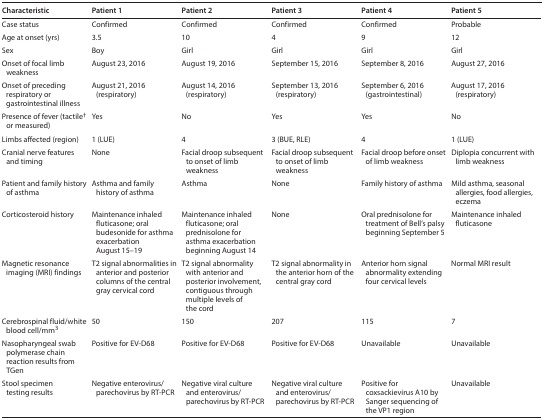
| Characteristic | Patient 1 | Patient 2 | Patient 3 | Patient 4 | Patient 5 |
 | --- | --- | --- | --- | --- | --- |
 | Case status | Confirmed | Confirmed | Confirmed | Confirmed | Probable |
 | Age at onset (yrs) | 3.5 | 10 | 4 | 9 | 12 |
 | Sex | Boy | Girl | Girl | Girl | Girl |
 | Onset of focal limb weakness | August 23, 2016 | August 19, 2016 | September 15, 2016 | September 8, 2016 | August 27, 2016 |
 | Onset of preceding respiratory or gastrointestinal illness | August 21, 2016 (respiratory) | August 14, 2016 (respiratory) | September 13, 2016 (respiratory) | September 6, 2016 (gastrointestinal) | August 17, 2016 (respiratory) |
 | Presence of fever (tactile† or measured) | Yes | No | Yes | Yes | No |
 | Limbs affected (region) | 1 (LUE) | 4 | 3 (BUE, RLE) | 4 | 1 (LUE) |
 | Cranial nerve features and timing | None | Facial droop subsequent to onset of limb weakness | Facial droop subsequent to onset of limb weakness | Facial droop before onset of limb weakness | Diplopia concurrent with limb weakness |
 | Patient and family history of asthma | Asthma and family history of asthma | Asthma | None | Family history of asthma | Mild asthma, seasonal allergies, food allergies, eczema |
 | Corticosteroid history | Maintenance inhaled fluticasone; oral budesonide for asthma exacerbation August 15–19 | Maintenance inhaled fluticasone; oral prednisolone for asthma exacerbation beginning August 14 | None | Oral prednisolone for treatment of Bell’s palsy beginning September 5 | Maintenance inhaled fluticasone |
 | Magnetic resonance imaging (MRI) findings | T2 signal abnormalities in anterior and posterior columns of the central gray cervical cord | T2 signal abnormality with anterior and posterior involvement, contiguous through multiple levels of the cord | T2 signal abnormality in the anterior horn of the central gray cord | Anterior horn signal abnormality extending four cervical levels | Normal MRI result |
 | Cerebrospinal fluid/white blood cell/mm3 | 50 | 150 | 207 | 115 | 7 |
 | Nasopharyngeal swab polymerase chain reaction results from TGen | Positive for EV-D68 | Positive for EV-D68 | Positive for EV-D68 | Unavailable | Unavailable |
 | Stool specimen testing results | Negative enterovirus/parechovirus by RT-PCR | Negative viral culture and enterovirus/parechovirus by RT-PCR | Negative viral culture and enterovirus/parechovirus by RT-PCR | Positive for coxsackievirus A10 by Sanger sequencing of the VP1 region | Unavailable |